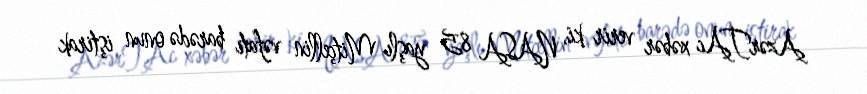
AzərTAc xəbər verir ki, NASA 85 yaşlı Mitçellin vəfatı barədə onun iştirak